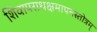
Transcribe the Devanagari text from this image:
शिवापराधक्षमापनस्तोत्रम्